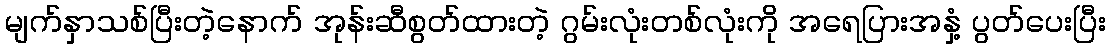
မျက်နှာသစ်ပြီးတဲ့နောက် အုန်းဆီစွတ်ထားတဲ့ ဂွမ်းလုံးတစ်လုံးကို အရေပြားအနှံ့ ပွတ်ပေးပြီး